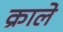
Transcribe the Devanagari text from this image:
क्राले